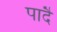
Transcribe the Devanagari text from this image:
पादै